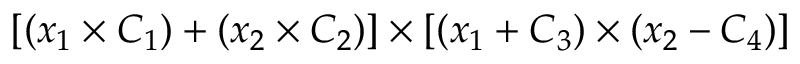
[ ( x _ { 1 } \times C _ { 1 } ) + ( x _ { 2 } \times C _ { 2 } ) ] \times [ ( x _ { 1 } + C _ { 3 } ) \times ( x _ { 2 } - C _ { 4 } ) ]